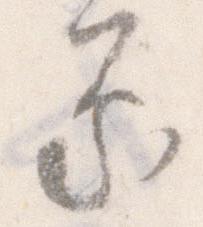
承